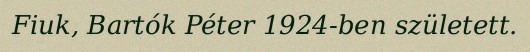
Fiuk, Bartók Péter 1924-ben született.